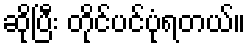
ဆိုပြီး တိုင်ပင်ပုံရတယ်။